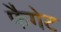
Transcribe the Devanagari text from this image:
फैगेट